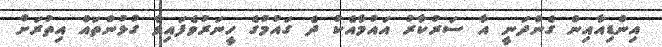
އިންޑިއާއިން ގެންދަނީ އާ ސަރުކާރު އައުމާއެކު ދެ ގައުމުގެ ހީނަރުވެފައިވާ ގުޅުންތައް އިތުރަށް